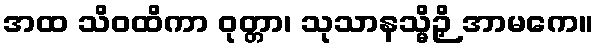
အထ သိဝထိကာ ဝုတ္တာ၊ သုသာနသ္မိဉှိ အာမကေ။